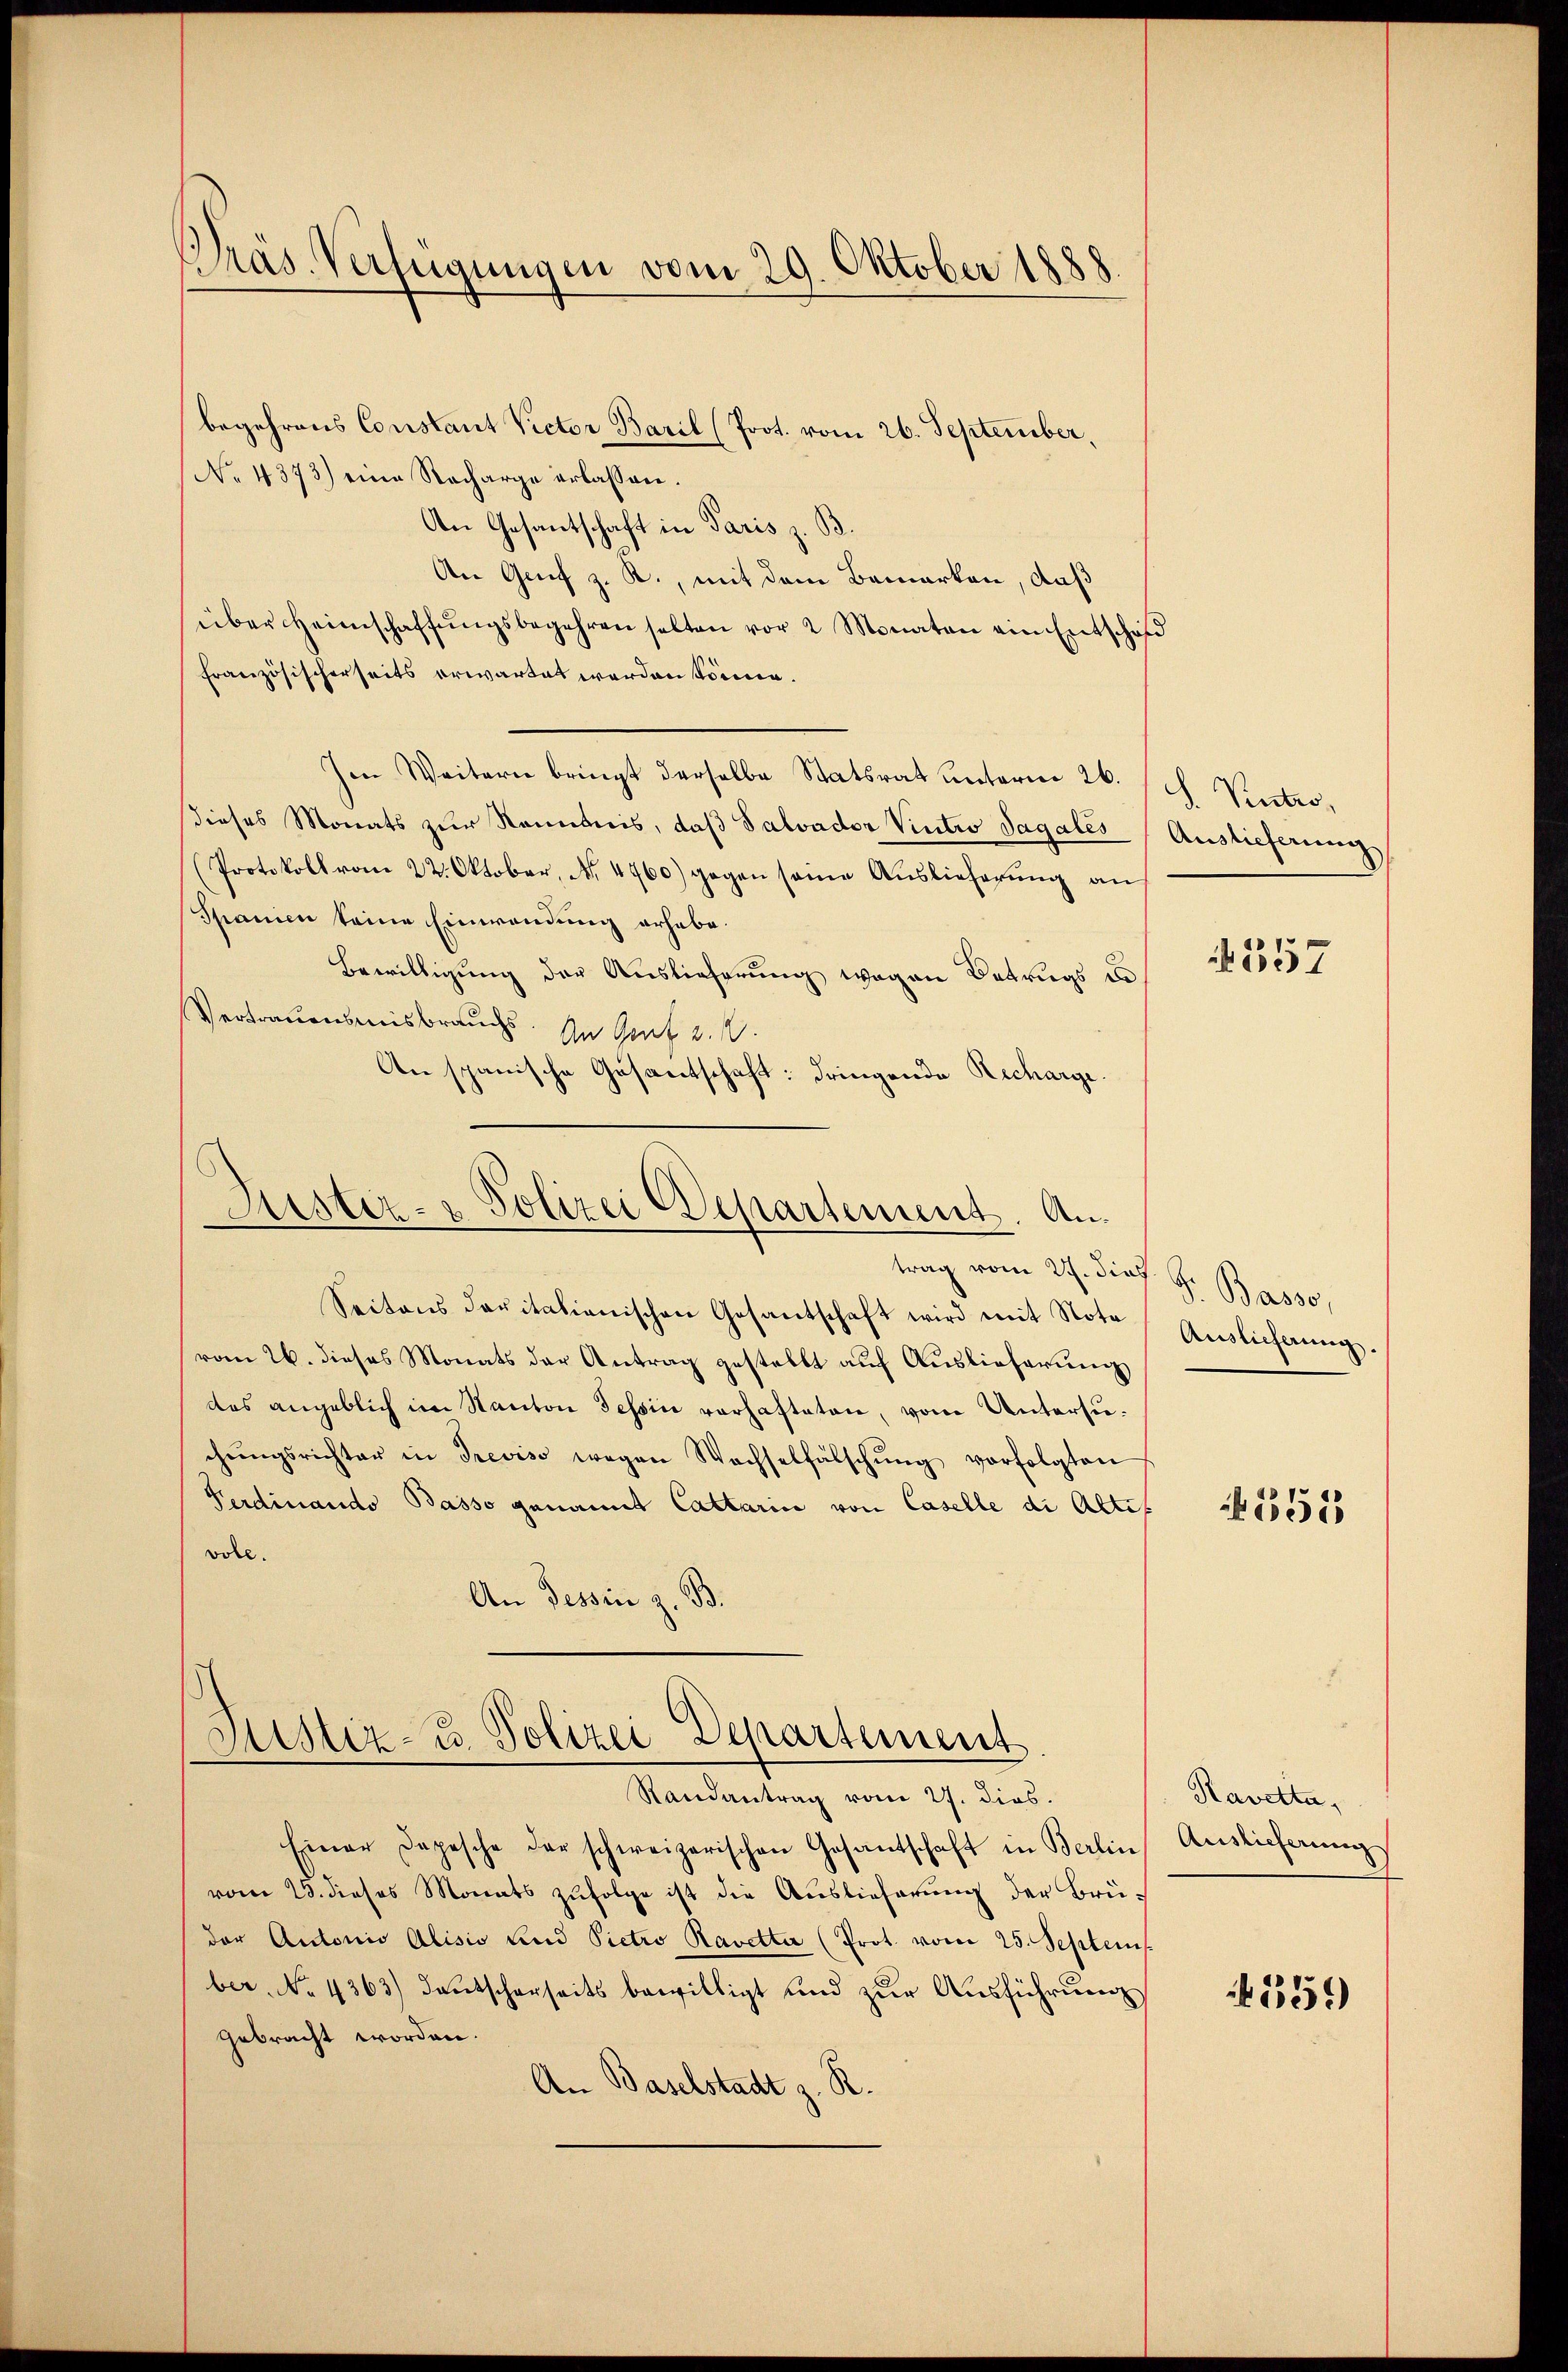
Präs. Verfügungen vom 29. Oktober 1888

begehrens Constant Victor Baril (Prot. vom 26. September,
No 4373) eine Recharge erlassen.
An Gesantschaft in Paris z. B.
An Grif z. R., mit dem Bemerken, daß
über Heimschaffŭngsbegehren selten vor 2 Monaten ein Entschaf
französischerseits erwartet worden könne.
Im Weitern bringt derselbe Statsrat unterm 26. Sch. Vietro,
dieses Monats zur Kenntnis, daß Salvader Vintro Sagates Auslieferung
(Protokoll vom 22. Oktober, No. 4760) gegen seine Auslieferŭng an
Spanien keine Einwendung erhabe.
Bewilligung der Auslieferung wegen Betrugs un¬
Vertrauensmisbrauch. An Graf 2.
An spanische Gäsentschaft: dringende Recharge.

Ruster- & Polizei Departement. Antrag vom 24. Sies. S. Basso,

Justiz- u. Polizei Departement.
Randantrag vom 27. dies.

Seitens daritalienischen Gesantschaft wird mit Nota
vom 26. dieses Monats der Antrag gestellt aŭf Aŭslieferŭng
das angeblich im Kanton Tessin verhafteten, vom Untersuchŭngsrichter in Treviso wegen Wachselfälschŭng verfolgten
Ferdinando Basso genannt Catharin von Caselle die Altes
vole.
An Tessin z. B.

Einer Depesche der schweizerischen Gesantschaft in Berlin
vom 23. dieses Monats zŭfolge ist die Auslieferŭng der Brü-
der Antonio Alisio und Pietro Ravetta (Prot. vom 25. Septem
ber. No 4363) deutscherseits bewilligt und zŭr Aŭsführung
gebracht worden.
An Baselstadt z. R.

4357

Auslieferung.

.551

Ravetta,
Auslieferungs

559